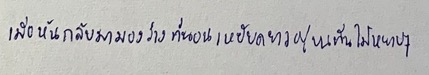
เมื่อหันกลับมามองร่างที่นอนเหยียดยาวอยู่บนพื้นไม้หยาบๆ